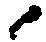
候